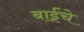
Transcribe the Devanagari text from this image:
बाईंचे